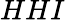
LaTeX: HHI